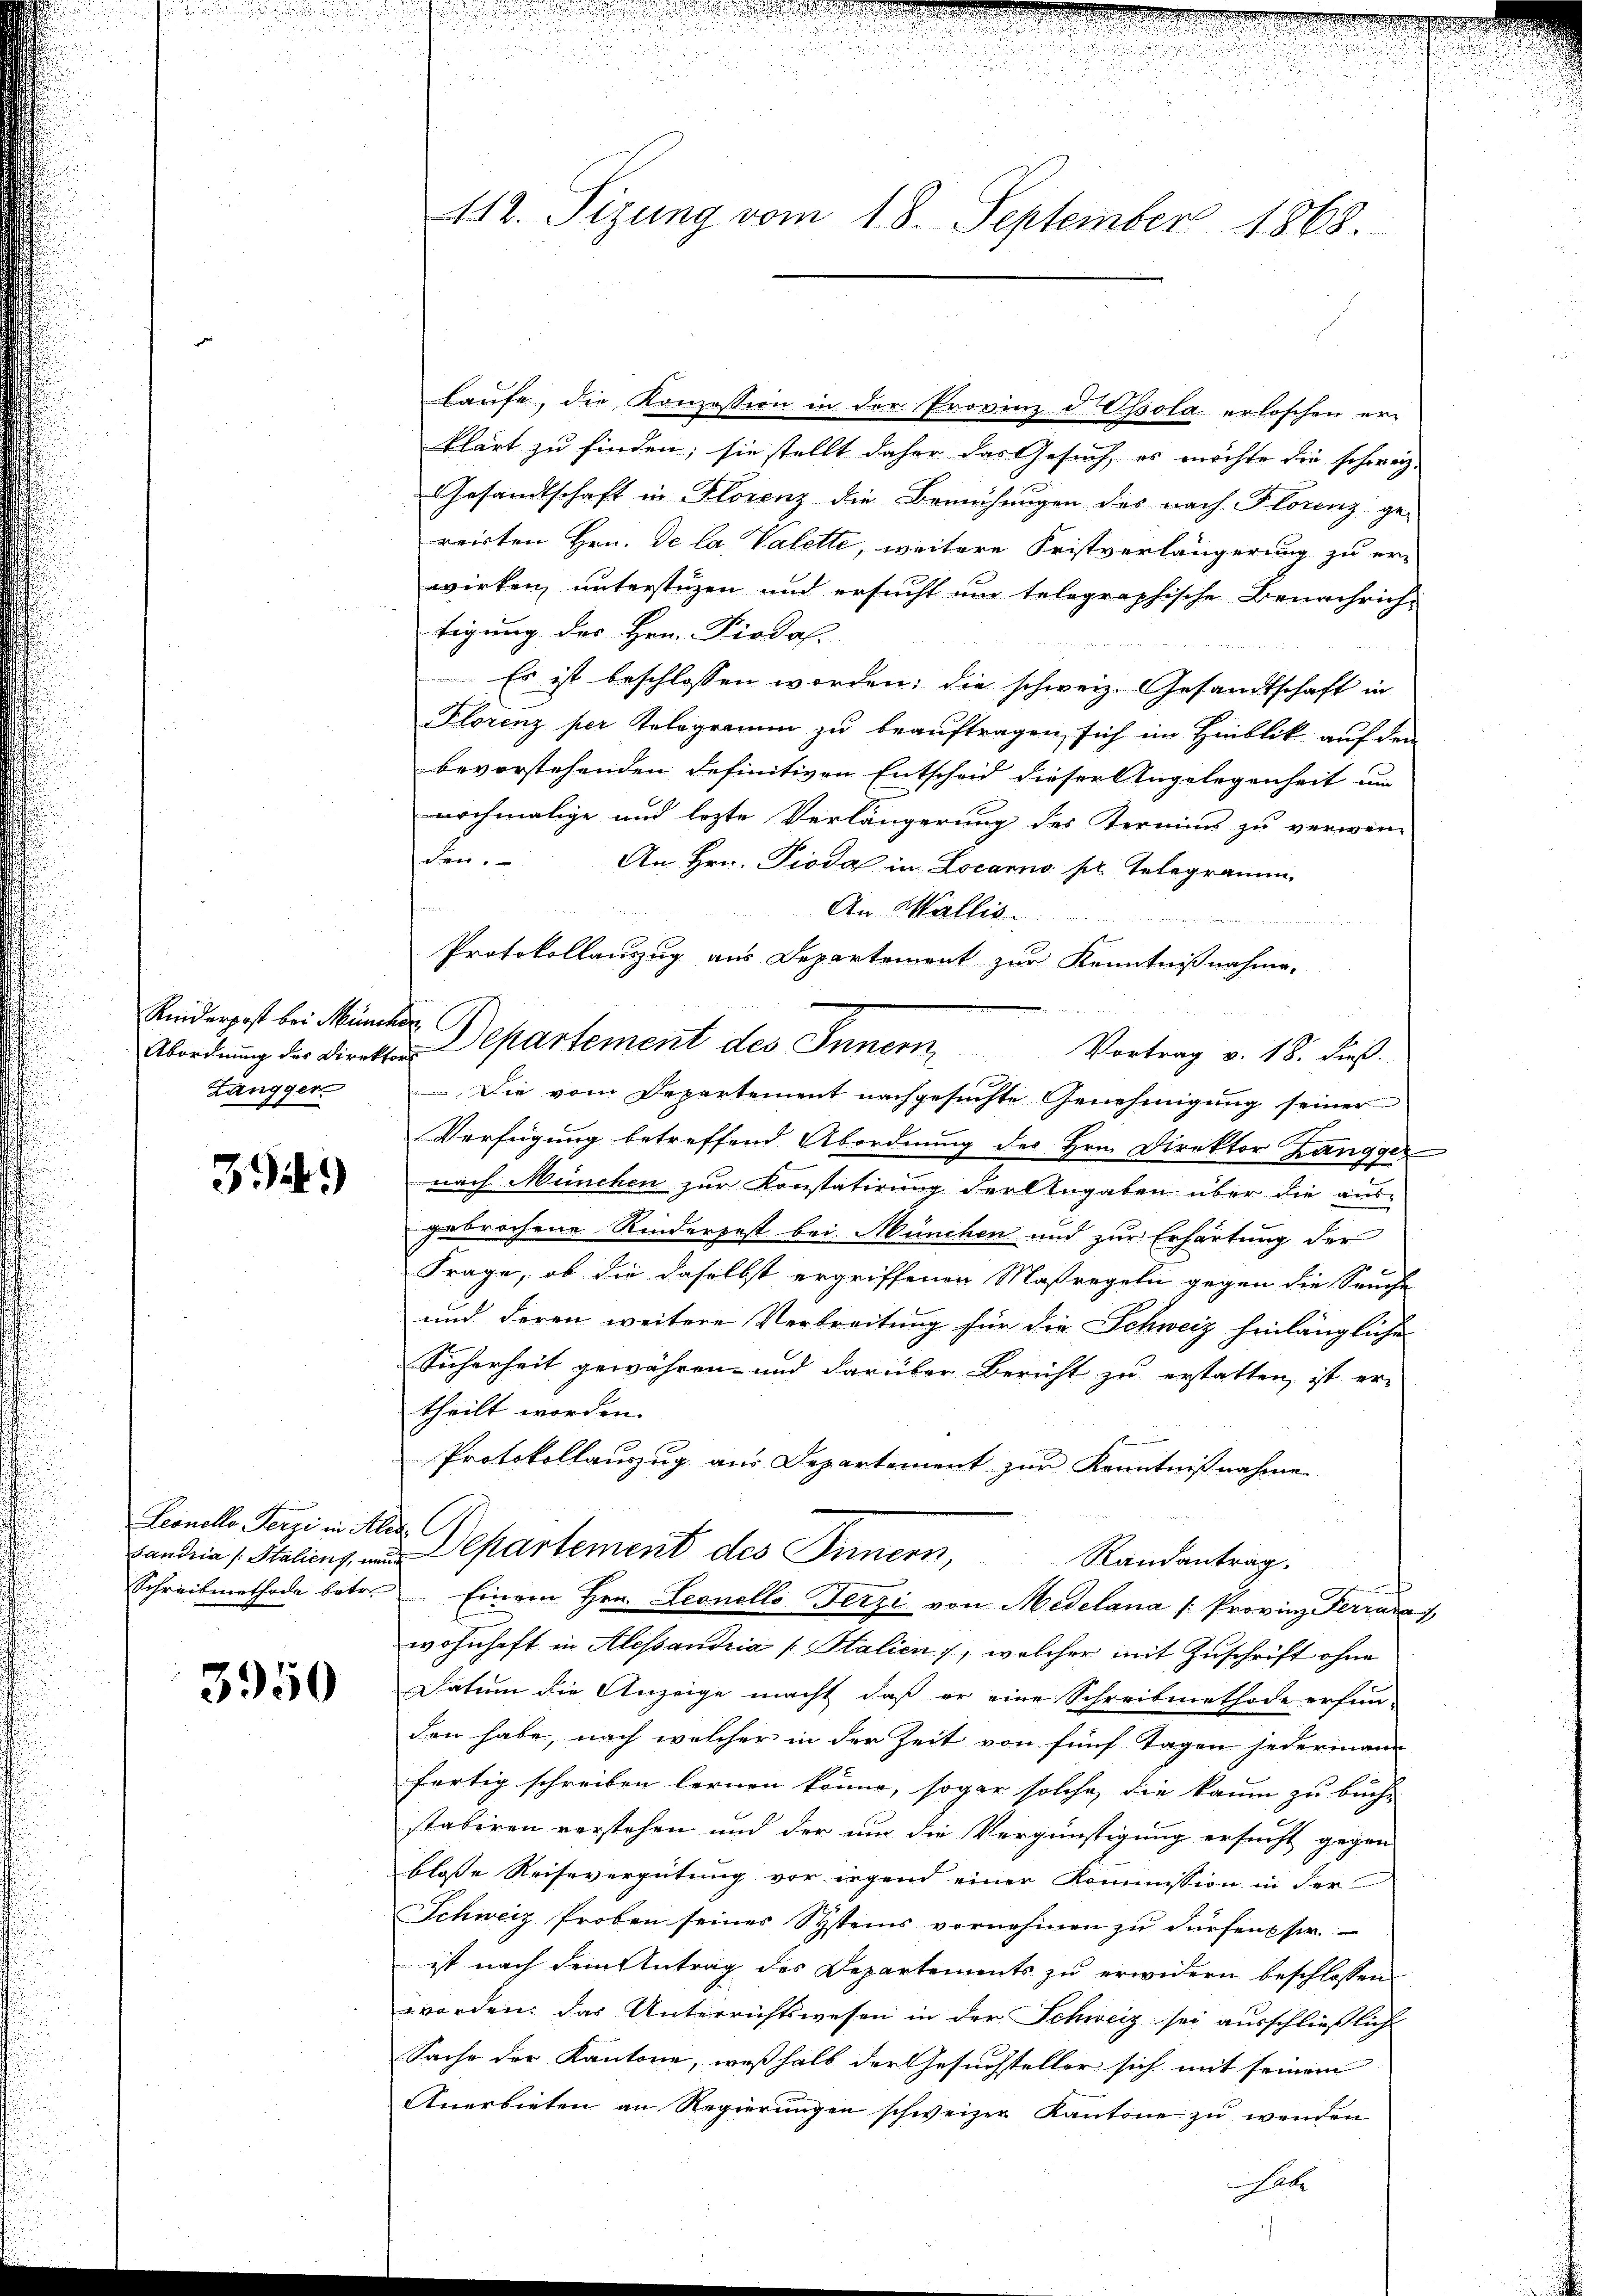
Reiderpost bei Müncher.
Zanggen

39.)

Leonello Terze in Alex

3950

laufe, die Konzession in der Provinz d Ossola erloschen erklärt zu finden; sie stellt daher das Gesuch, es möchte die schweiz.
Gesandtschaft in Florenz die Bemühungen des nach Florenz ge-
reirten Hrn. De la Valette, weitere Fristverlängerung zu er-
wirken, unterstüzen und ersucht um telegraphische Benachrich-
tigung des Hrn. Piodal
Es ist beschlossen worden; die schweiz. Gesandtschaft in
Florenz per Telegramen zu beauftragen, sich im Hinblik auf den
bevorstehenden definitiven Entscheid dieser Angelegenheit un
nochmalige und lezte Verlängerung des Termins zu verwen-
den. An Hrn. Pioda in Locarno pr. Telegramm.
An Wallis.
Protokollauszug aus Departement zur Kenntnißnahme-
Abordnung der Direktor Departement des Innern Vortrag v. 18. dieß.
Verfügung betreffend Abordnung des Hrn. Direktor Zangger
nach München zur Konstatirung der Angaben über die aus-
gebrochene Rinderpest bei. München und zur Erhärtung der
Frage, ob die daselbst ergriffenen Maßregeln gegen die Seuche
und deren weitere Verbreitung für die Schweiz hinlängliche
Sicherheit gewähren- und darüber Bericht zu erstatten, ist er-
theilt worden.
Protokollauszug aus Departement zur Kenntnißnahme
Landria Staliens, um Departement des Innern,
Randantrag.
Schreibmethode betr. Einem Hrn. Leonello Terzi von Medelana /: Provinz Ferrara
wohnhaft in Alessandria Stalien , welcher mit Zuschrift ohne
Datum die Anzeige macht, daß er eine Schreibmethode erfun-
den habe, nach welcher in der Zeit von fünf Tagen jedermann
fertig schreiben lernen könne, sogar solche die kaum zu buch- |
stabiren verstehen und der und die Vergünstigung ersucht gegen
bloße Reisevergütung vor irgend einer Kommission in der
Schweiz Proben seines Systeins vornehmen zu dürfen sie
ist nach dem Antrag des Departements zu erwidern beschlossen
worden, das Unterrichtswesen in der Schweiz sei ausschließlich
Sache der Kantone, weßhalb der Gesuchsteller sich mit seinem
Anerbieten an Regierungen schweizer Kantone zu wenden
 alle

412. Sizung vom 18. September 1868.

Die vom Departement nachgesuchte Genehmigung seiner